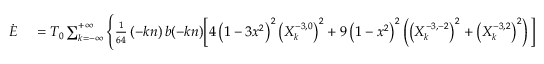
\small \begin{array} { r l } { \dot { E } } & { { } = { \cal T } _ { 0 } \sum _ { k = - \infty } ^ { + \infty } \Bigg \{ \frac { 1 } { 6 4 } \, ( - k n ) \, b ( - k n ) \bigg [ 4 \left( 1 - 3 x ^ { 2 } \right) ^ { 2 } \left( X _ { k } ^ { - 3 , 0 } \right) ^ { 2 } + 9 \left( 1 - x ^ { 2 } \right) ^ { 2 } \left( \left( X _ { k } ^ { - 3 , - 2 } \right) ^ { 2 } + \left( X _ { k } ^ { - 3 , 2 } \right) ^ { 2 } \right) \bigg ] } \end{array}